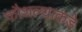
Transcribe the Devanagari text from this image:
कौशल्याकडे